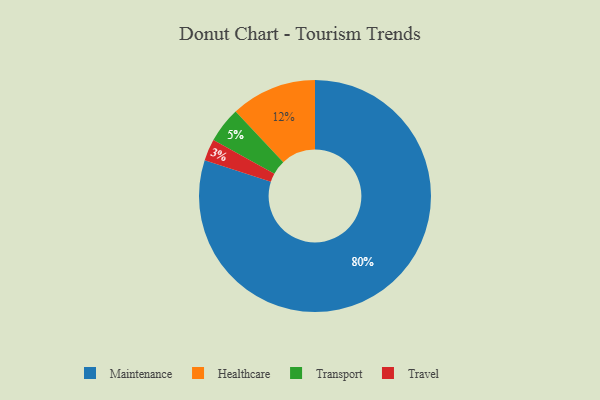
{"axis": {"x": "Category", "y": "Percentage"}, "legend": ["Healthcare", "Maintenance", "Transport", "Travel"], "data": [{"x": "Healthcare", "y": 12, "type": "Healthcare"}, {"x": "Transport", "y": 5, "type": "Transport"}, {"x": "Travel", "y": 3, "type": "Travel"}, {"x": "Maintenance", "y": 80, "type": "Maintenance"}]}